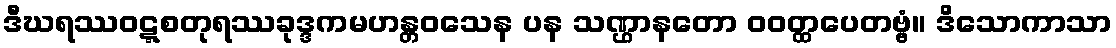
ဒီဃရဿဝဋ္ဋစတုရဿခုဒ္ဒကမဟန္တဝသေန ပန သဏ္ဌာနတော ဝဝတ္ထပေတဗ္ဗံ။ ဒိသောကာသာ